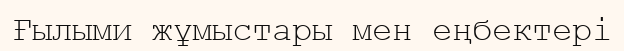
Ғылыми жұмыстары мен еңбектері